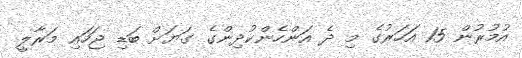
އުމުރުން 15 އަހަރުގެ މި ދެ އަންހެންކުދިންގެ ގަޔަށް ބަޑި ޖަހައި މަރާލީ